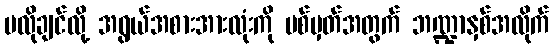
မလိုချင်လို့ အရွယ်အစားအားလုံးကို ပစ်မှတ်အတွက် ဘဏ္ဍာနှစ်အလိုက်